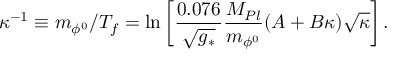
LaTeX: \kappa ^ { - 1 } \equiv m _ { \phi ^ { 0 } } / T _ { f } = \ln \left[ { \frac { 0 . 0 7 6 } { \sqrt { g _ { * } } } } { \frac { M _ { P l } } { m _ { \phi ^ { 0 } } } } ( A + B \kappa ) \sqrt { \kappa } \right] .